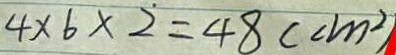
4 \times 6 \times 2 = 4 8 ( c m ^ { 2 } )